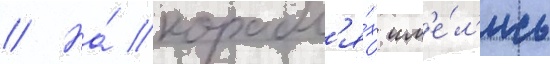
// На́ корабл'я́х им'е́л'ись